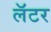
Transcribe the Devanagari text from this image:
लॅटर